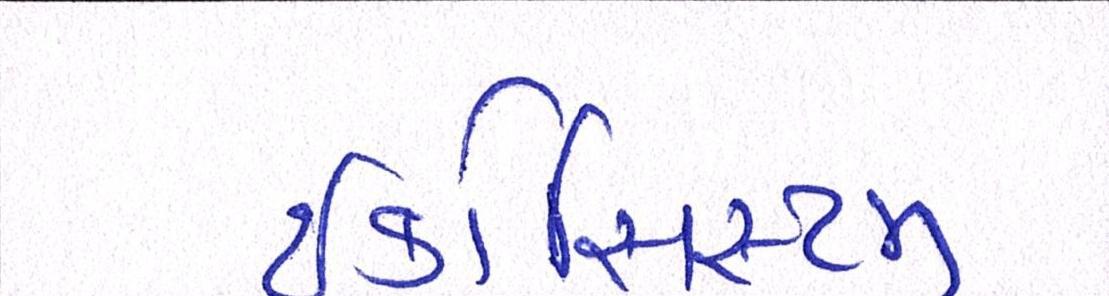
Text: ઇકોસિસ્ટમ